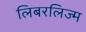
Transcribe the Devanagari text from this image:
लिबरलिज्म